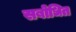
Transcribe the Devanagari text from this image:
सबोधित